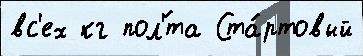
вс'ех кг пол'́та Ста́ртовый